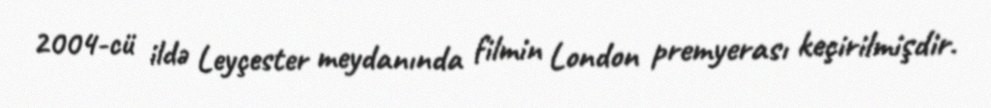
2004-cü ildə Leyçester meydanında filmin London premyerası keçirilmişdir.